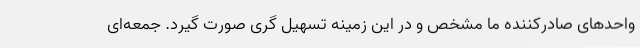
واحدهای صادرکننده ما مشخص و در این زمینه تسهیل گری صورت گیرد. جمعه‌ای